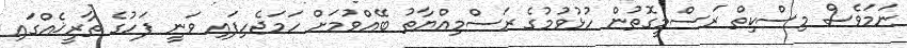
ނަމަވެސް މިސްކިތް ރަސްމީގޮތުން ހުޅުވުމުގެ ރަސްމިއްޔާތު ބޭއްވުމަށް ހަމަޖެހިފައި ވަނީ ފަހުގެ ތާރީޚެއްގައި